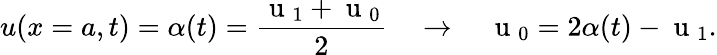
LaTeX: u(x=a,t)=\alpha(t)=\frac{\mathrm{~u~}_{1}+\mathrm{~u~}_{0}}{2}\quad\rightarrow\quad\mathrm{~u~}_{0}=2\alpha(t)-\mathrm{~u~}_{1}.